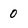
Character: 0